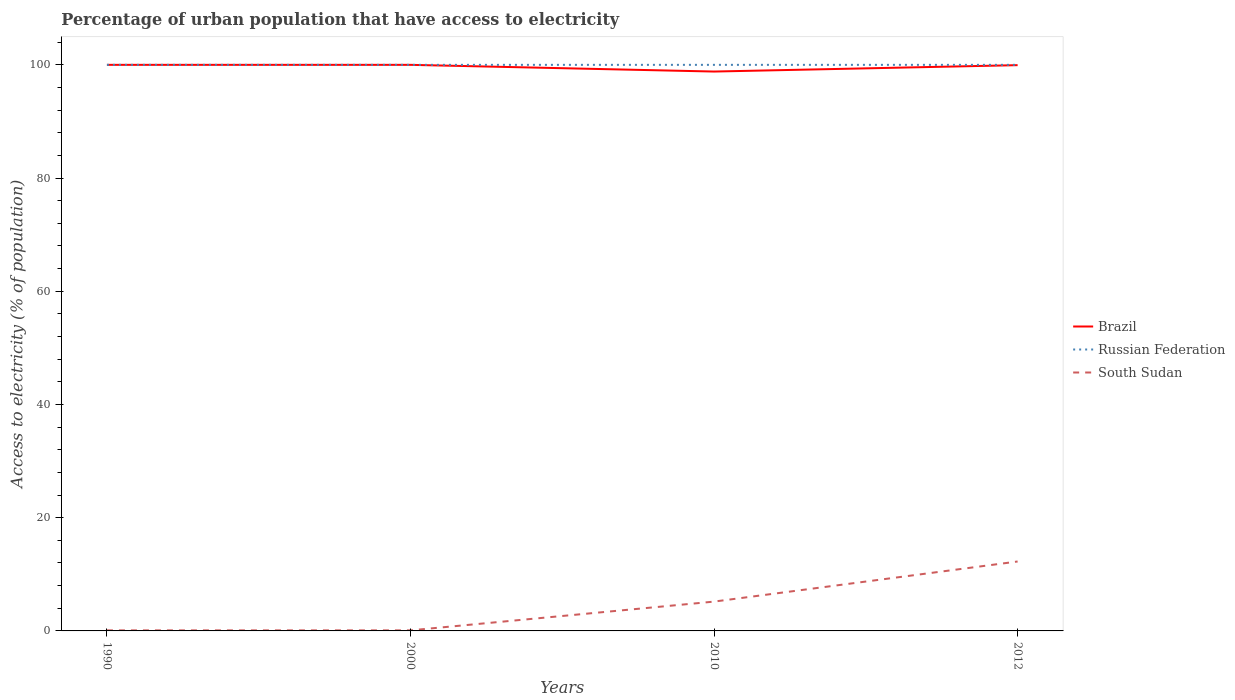
| Years | Brazil | Russian Federation | South Sudan |
 | --- | --- | --- | --- |
 | 1990 | 100 | 100 | 0.1 |
 | 2000 | 100 | 100 | 0.1 |
 | 2010 | 98.8 | 100 | 5.18 |
 | 2012 | 99.9 | 100 | 12.3 |